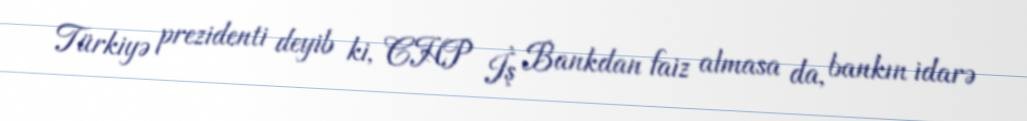
Türkiyə prezidenti deyib ki, CHP İş Bankdan faiz almasa da, bankın idarə